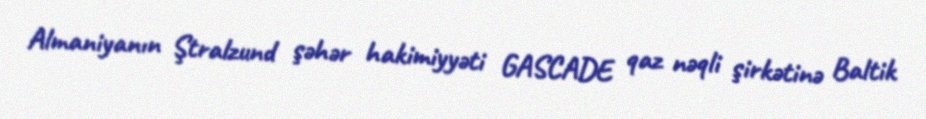
Almaniyanın Ştralzund şəhər hakimiyyəti GASCADE qaz nəqli şirkətinə Baltik